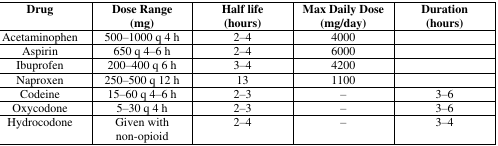
| Drug | Dose Range (mg) | Half life (hours) | Max Daily Dose (mg/day) | Duration (hours) |
 | --- | --- | --- | --- | --- |
 | Acetaminophen | 500–1000 q 4 h | 2–4 | 4000 |  |
 | Aspirin | 650 q 4–6 h | 2–4 | 6000 |  |
 | Ibuprofen | 200–400 q 6 h | 3–4 | 4200 |  |
 | Naproxen | 250–500 q 12 h | 13 | 1100 |  |
 | Codeine | 15–60 q 4–6 h | 2–3 | – | 3–6 |
 | Oxycodone | 5–30 q 4 h | 2–3 | – | 3–6 |
 | Hydrocodone | Given with non-opioid | 2–4 | – | 3–4 |